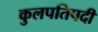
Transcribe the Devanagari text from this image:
कुलपतिपदी